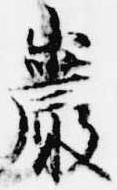
巌